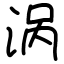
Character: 涡